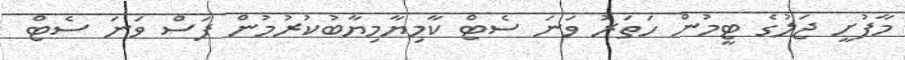
މާފުށީ ޖަލުގެ ޓީމުން ހަތަރު ވަނަ ސެޓް ކާމިޔާމިޔާބުކުރުމުން ފަސް ވަނަ ސެޓް